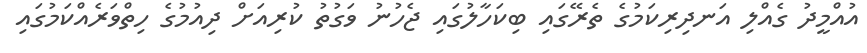
އުއްމީދު ގެއްލި އަނދިރިކަމުގެ ތެރޭގައި ބިކަހާލުގައި ޖެހުނު ވަގުތު ކުރިއަށް ދިއުމުގެ ހިތްވަރެއްކަމުގައި